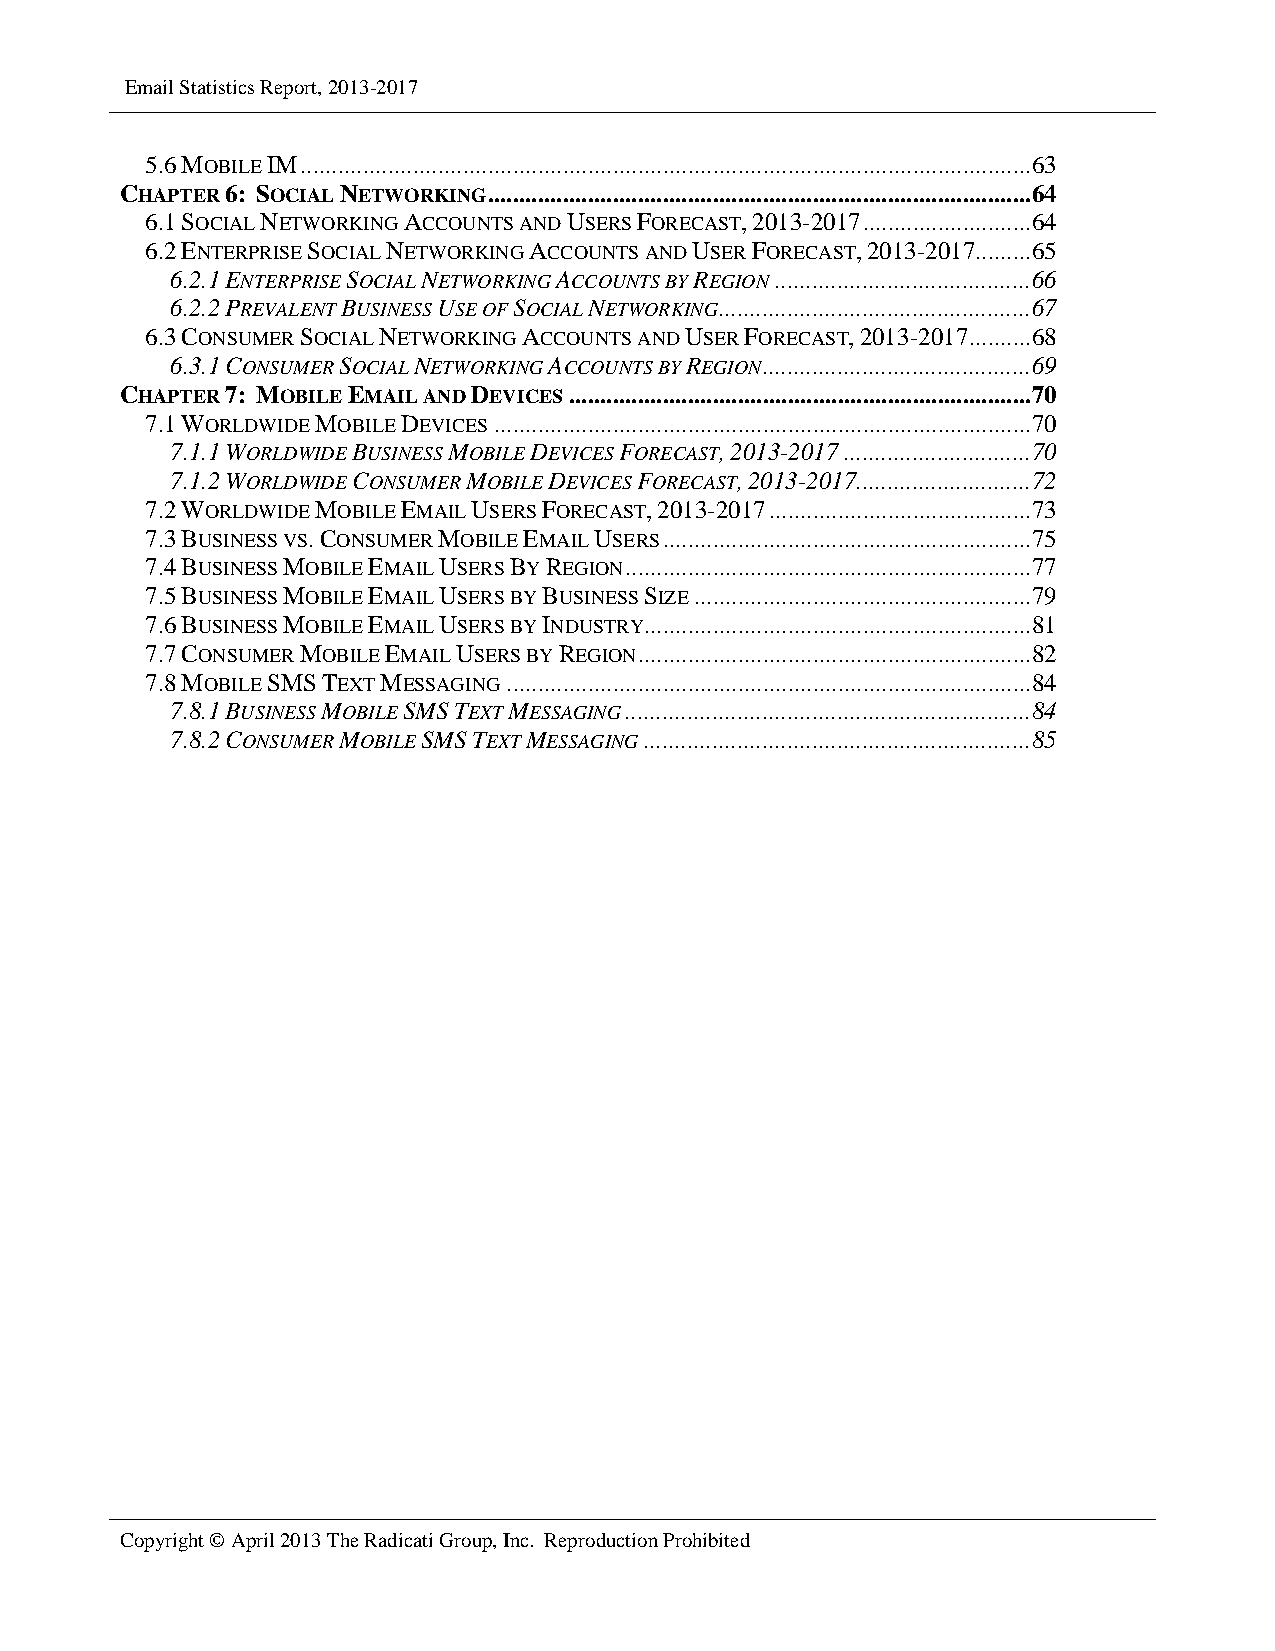
Email Statistics Report, 2013-2017
 5.6 MOBILE IM ..................................................................................................................... 63
 CHAPTER 6: SOCIAL NETWORKING ....................................................................................... 64
 6.1 SOCIAL NETWORKING ACCOUNTS AND USERS FORECAST, 2013-2017 ........................... 64
 6.2 ENTERPRISE SOCIAL NETWORKING ACCOUNTS AND USER FORECAST, 2013-2017......... 65
 6.2.1 ENTERPRISE SOCIAL NETWORKING ACCOUNTS BY REGION ......................................... 66
 6.2.2 PREVALENT BUSINESS USE OF SOCIAL NETWORKING .................................................. 67
 6.3 CONSUMER SOCIAL NETWORKING ACCOUNTS AND USER FORECAST, 2013-2017 .......... 68
 6.3.1 CONSUMER SOCIAL NETWORKING ACCOUNTS BY REGION ........................................... 69
 CHAPTER 7: MOBILE EMAIL AND DEVICES .......................................................................... 70
 7.1 WORLDWIDE MOBILE DEVICES ...................................................................................... 70
 7.1.1 WORLDWIDE BUSINESS MOBILE DEVICES FORECAST, 2013-2017 .............................. 70
 7.1.2 WORLDWIDE CONSUMER MOBILE DEVICES FORECAST, 2013-2017............................ 72
 7.2 WORLDWIDE MOBILE EMAIL USERS FORECAST, 2013-2017 .......................................... 73
 7.3 BUSINESS VS. CONSUMER MOBILE EMAIL USERS ........................................................... 75
 7.4 BUSINESS MOBILE EMAIL USERS BY REGION ................................................................. 77
 7.5 BUSINESS MOBILE EMAIL USERS BY BUSINESS SIZE ...................................................... 79
 7.6 BUSINESS MOBILE EMAIL USERS BY INDUSTRY.............................................................. 81
 7.7 CONSUMER MOBILE EMAIL USERS BY REGION ............................................................... 82
 7.8 MOBILE SMS TEXT MESSAGING .................................................................................... 84
 7.8.1 BUSINESS MOBILE SMS TEXT MESSAGING ................................................................. 84
 7.8.2 CONSUMER MOBILE SMS TEXT MESSAGING .............................................................. 85
 Copyright © April 2013 The Radicati Group, Inc. Reproduction Prohibited